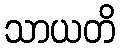
သာယတိ